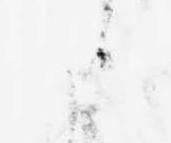
候